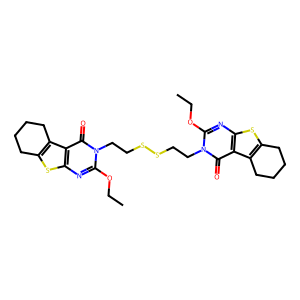
SMILES: CCOc1nc2sc3c(c2c(=O)n1CCSSCCn1c(OCC)nc2sc4c(c2c1=O)CCCC4)CCCC3
Inhibits HIV replication: No